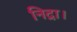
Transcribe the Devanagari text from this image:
निद्रा।